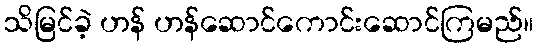
သိမြင်ခဲ့ ဟန် ဟန်ဆောင်ကောင်းဆောင်ကြမည်။